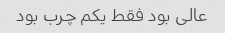
عالی بود فقط یکم چرب بود